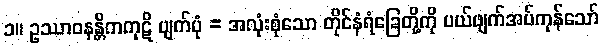
၁။ ဥဿာဝနန္တိကကုဋိ ပျက်ပုံ = အလုံးစုံသော တိုင်နံရံခြေတို့ကို ပယ်ဖျက်အပ်ကုန်သော်